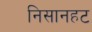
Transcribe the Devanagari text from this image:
निसानहट